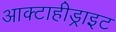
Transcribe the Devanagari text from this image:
आक्टाहीड्राइट